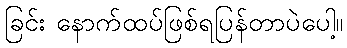
ခြင်း နောက်ထပ်ဖြစ်ရပြန်တာပဲပေါ့။